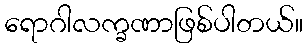
ရောဂါလက္ခဏာဖြစ်ပါတယ်။